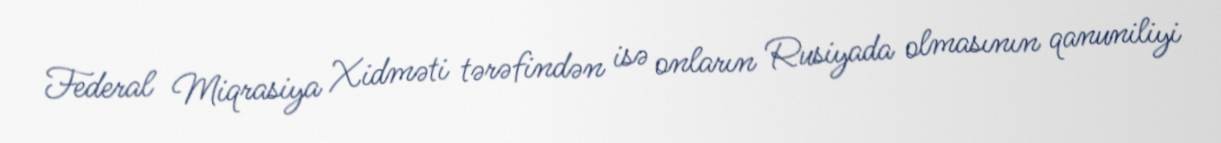
Federal Miqrasiya Xidməti tərəfindən isə onların Rusiyada olmasının qanuniliyi